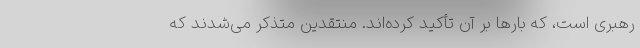
رهبری است، که بارها بر آن تأکید کرده‌اند. منتقدین متذکر می‌شدند که